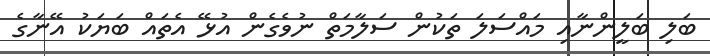
ބަލި ބަލީންނާއި މައްސަލަ ތަކުން ސަލާމަތް ނުވެގެން އުޅޭ އެތައް ބަޔަކު އޭނާގެ